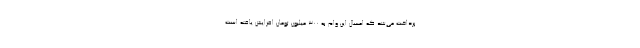
پرداخت می‌شد که امسال این وام به ۳۰۰ میلیون تومان افزایش یافته است.